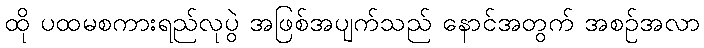
ထို ပထမစကားရည်လုပွဲ အဖြစ်အပျက်သည် နောင်အတွက် အစဉ်အလာ